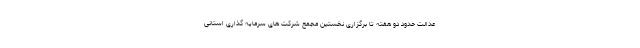
عدالت حدود دو هفته تا برگزاری نخستین مجمع شرکت های سرمایه گذاری استانی